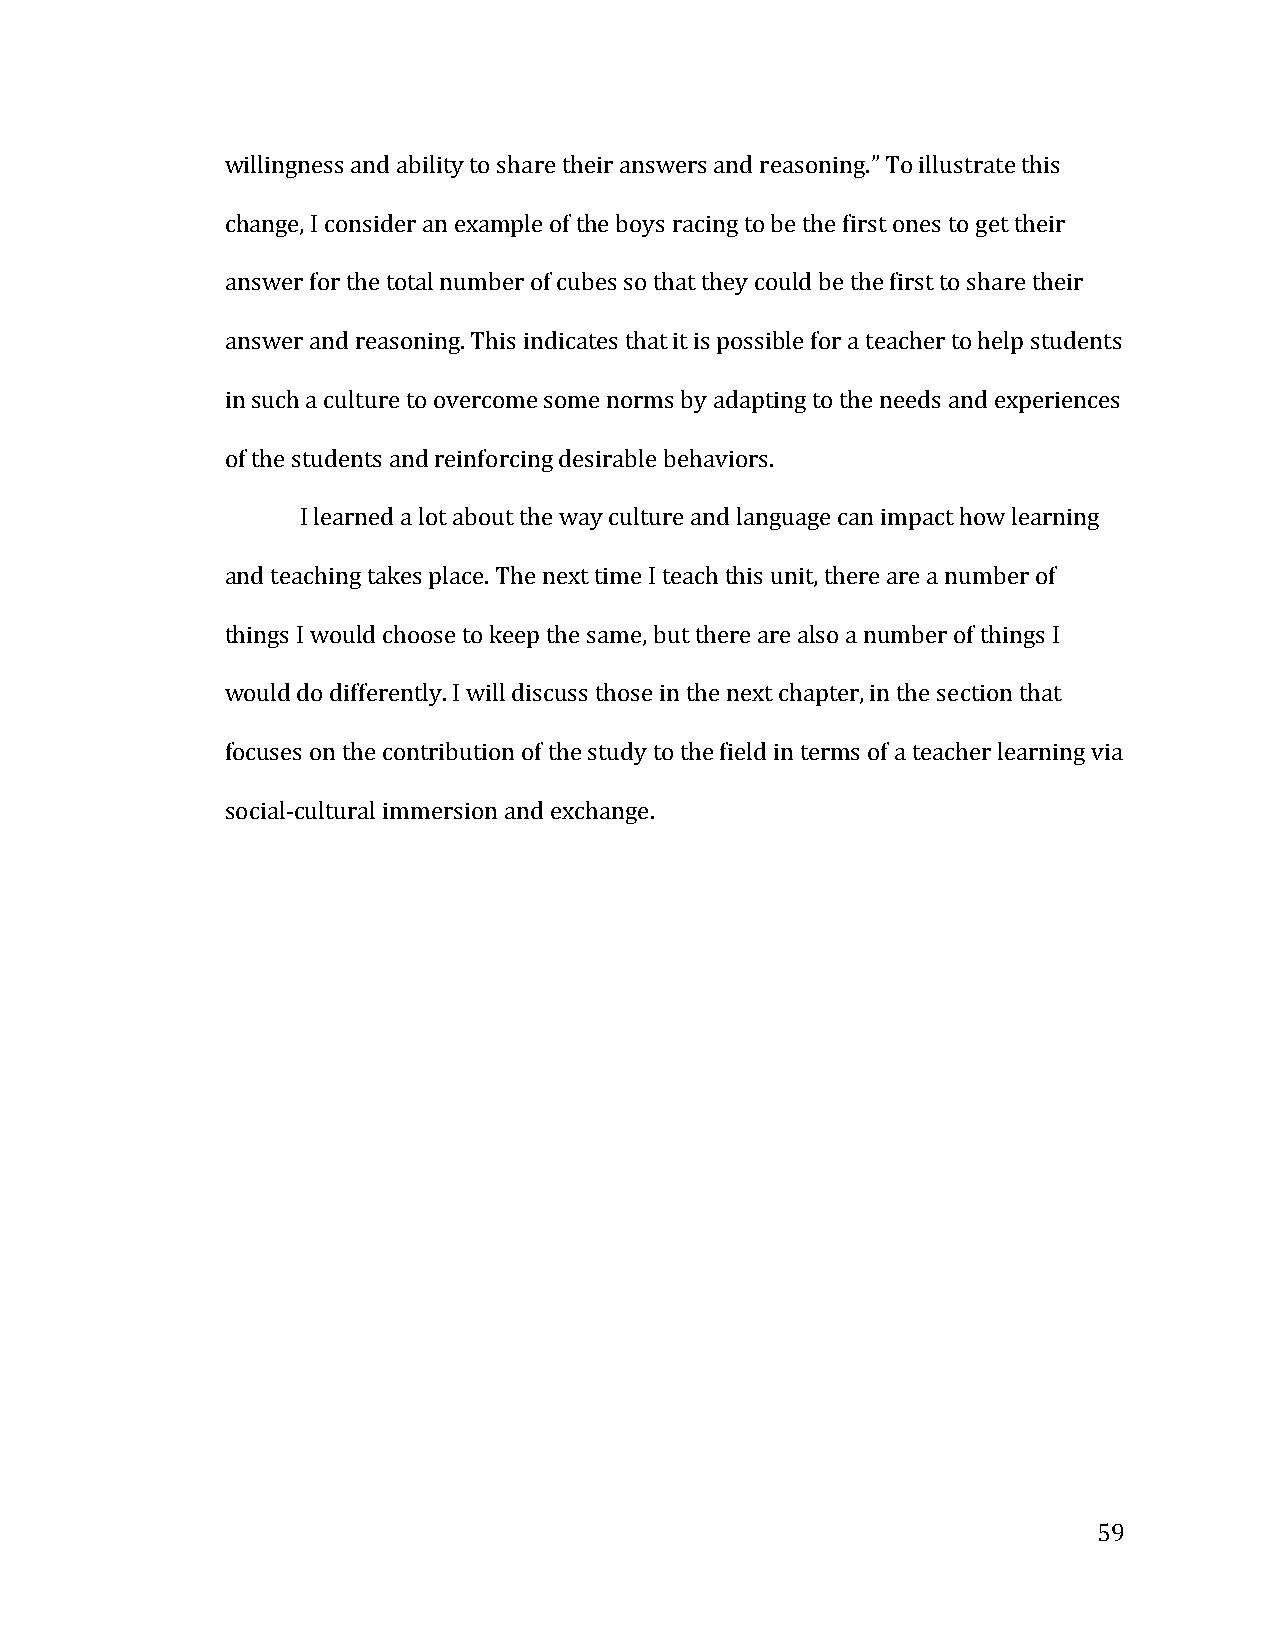
willingness and ability to share their answers and reasoning.” To illustrate this
 change, I consider an example of the boys racing to be the first ones to get their
 answer for the total number of cubes so that they could be the first to share their
 answer and reasoning. This indicates that it is possible for a teacher to help students
 in such a culture to overcome some norms by adapting to the needs and experiences
 of the students and reinforcing desirable behaviors.
 I learned a lot about the way culture and language can impact how learning
 and teaching takes place. The next time I teach this unit, there are a number of
 things I would choose to keep the same, but there are also a number of things I
 would do differently. I will discuss those in the next chapter, in the section that
 focuses on the contribution of the study to the field in terms of a teacher learning via
 social-­‐cultural immersion and exchange.
 59